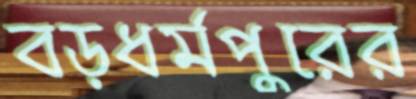
বড়ধর্মপুরের